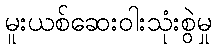
မူးယစ်ဆေးဝါးသုံးစွဲမှု